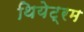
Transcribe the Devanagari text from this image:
थियेट्रम